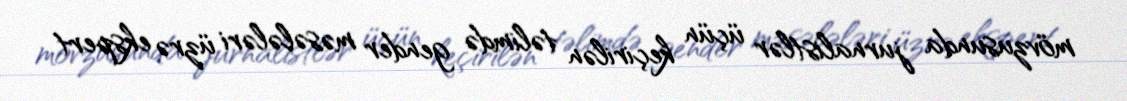
mövzusunda jurnalistlər üçün keçirilən təlimdə gender məsələləri üzrə ekspert